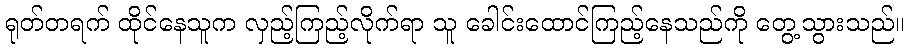
ရုတ်တရက် ထိုင်နေသူက လှည့်ကြည့်လိုက်ရာ သူ ခေါင်းထောင်ကြည့်နေသည်ကို တွေ့သွားသည်။